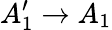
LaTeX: A_{1}^{\prime}\rightarrow A_{1}